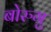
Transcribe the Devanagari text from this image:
बोरुगु